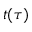
t ( \tau )